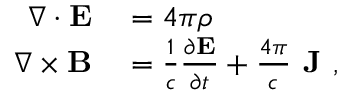
\begin{array} { r l } { \nabla \cdot \mathbf { E } } & { { } = 4 \pi \rho } \\ { \nabla \times \mathbf { B } } & { { } = \frac { 1 } { c } \frac { \partial \mathbf { E } } { \partial t } + \frac { 4 \pi } { c } \textbf { J } , } \end{array}